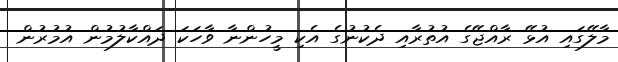
މާލޭގައި އުޅޭ ރާއްޖޭގެ އުތުރާއި ދެކުނުގެ އެކި މީހުންނާ ވާހަކަ ދައްކާލުމުން އުމުރުން